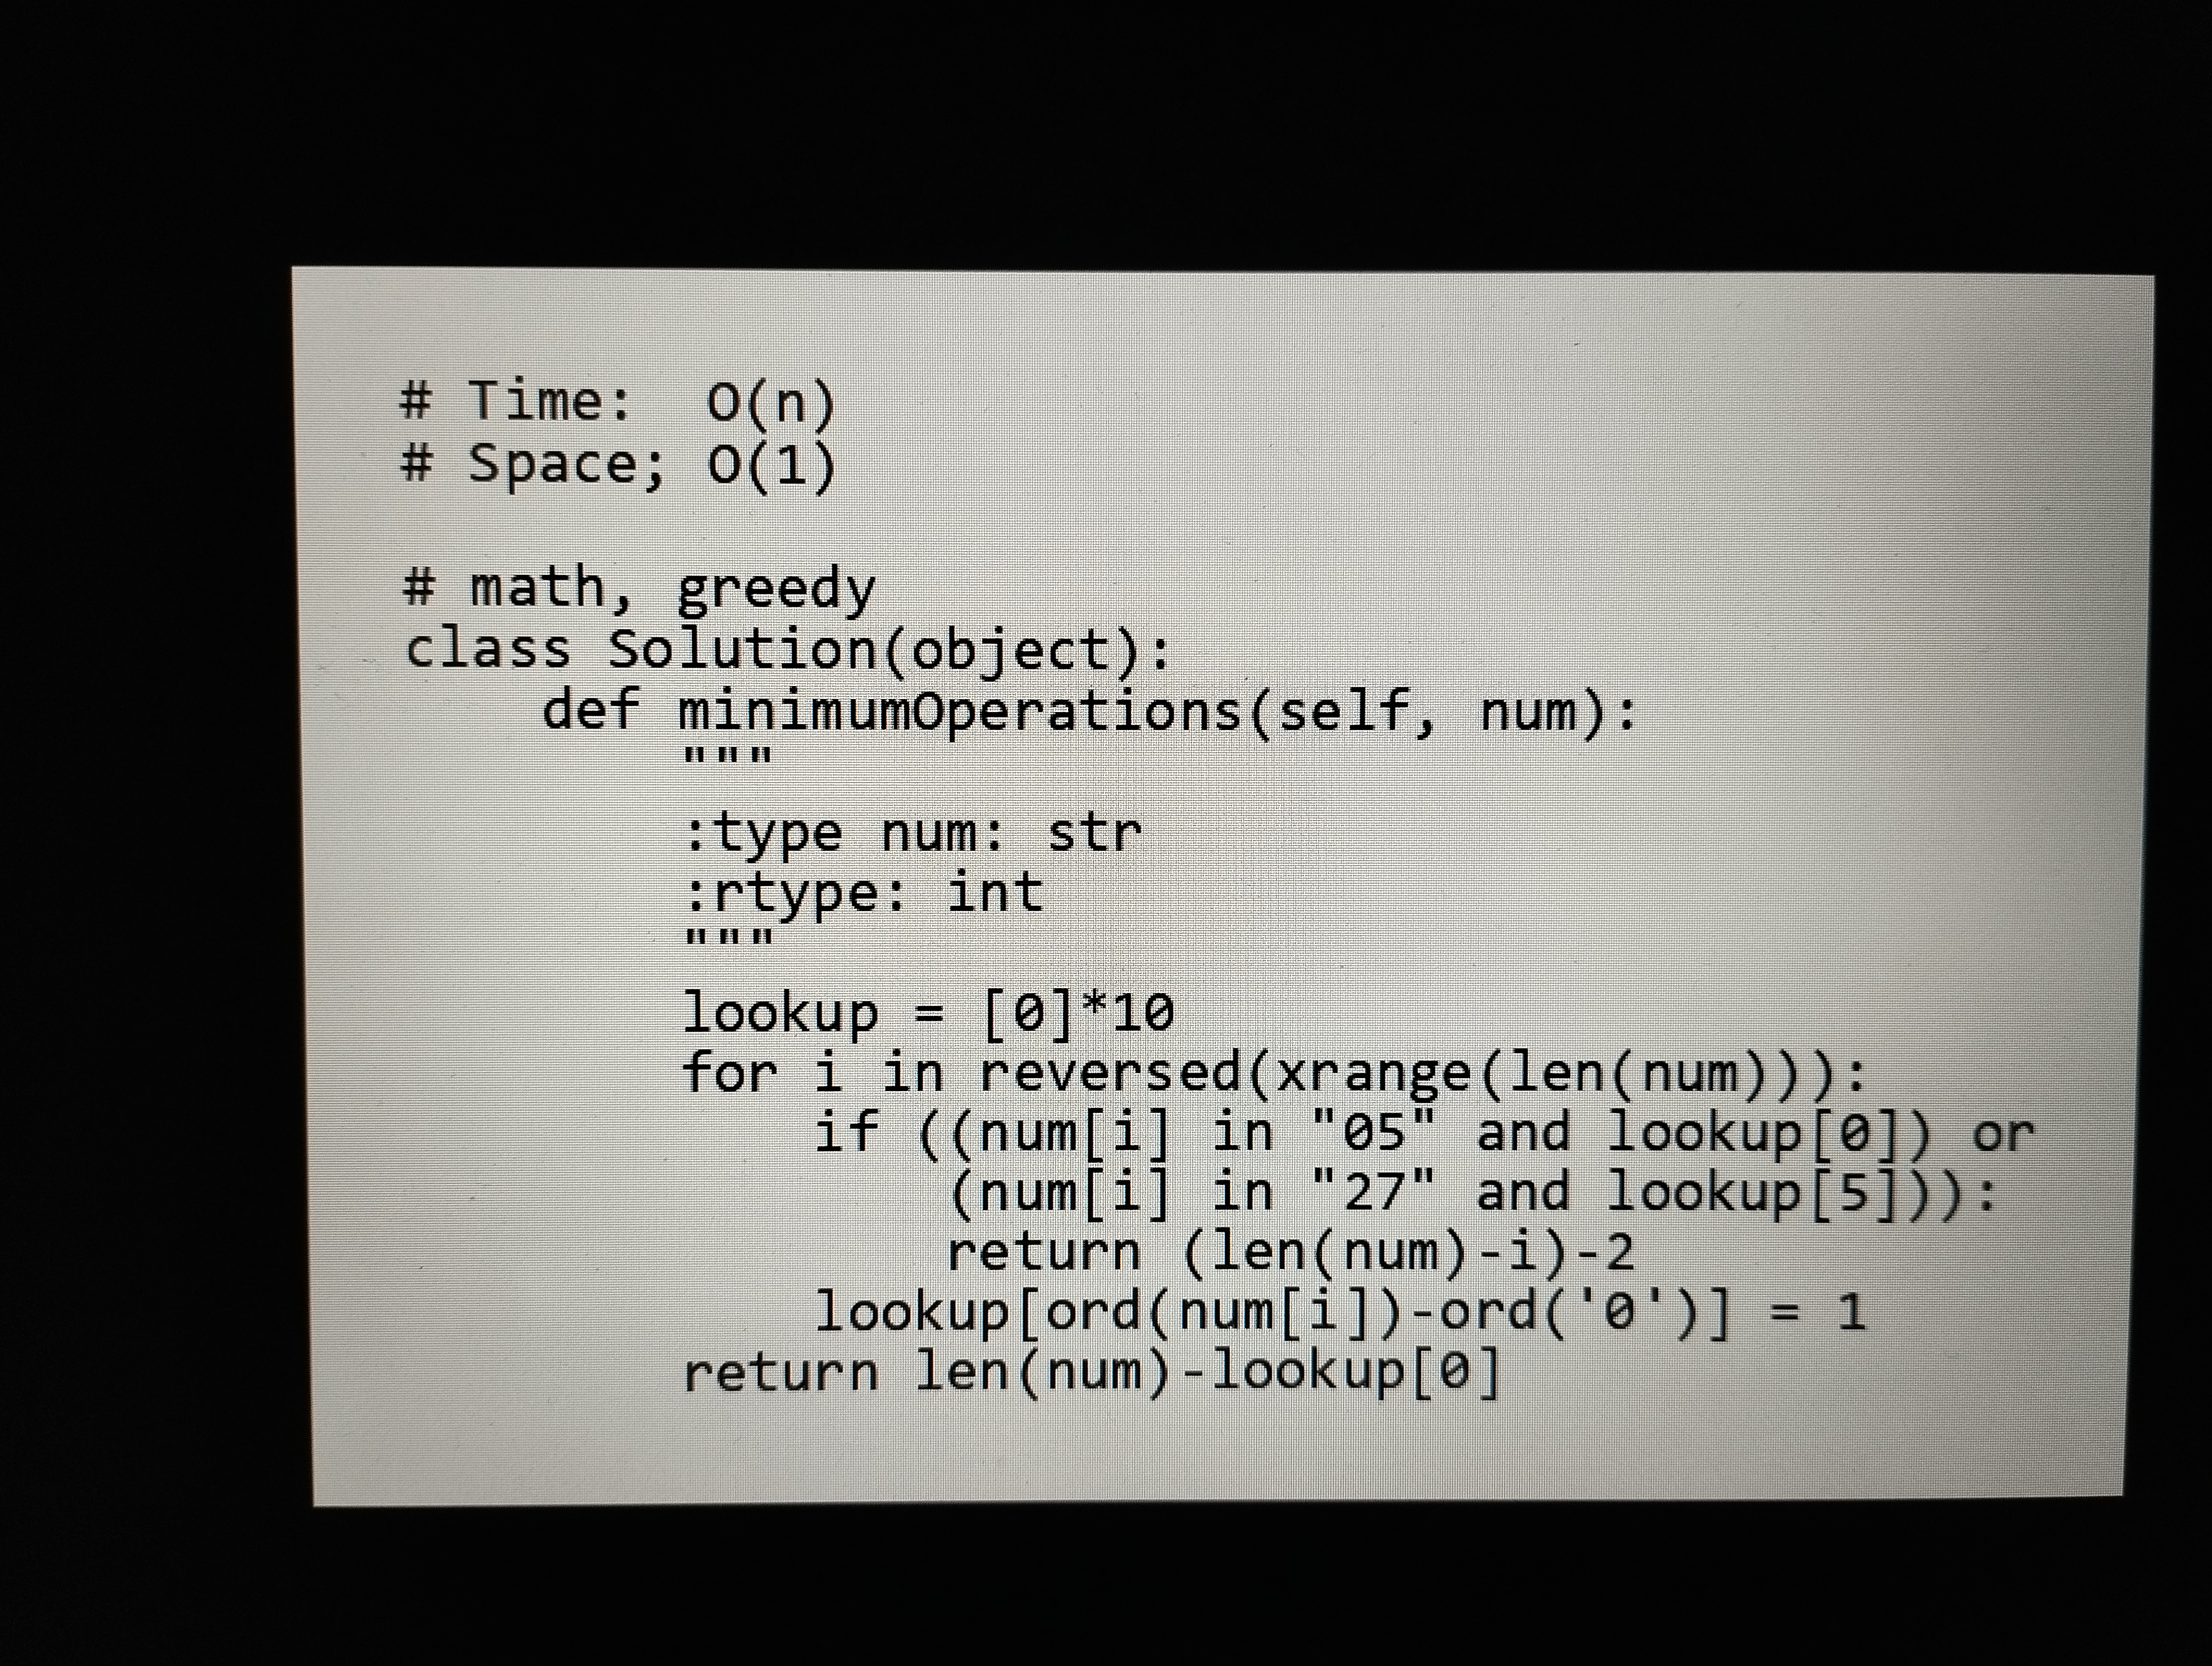
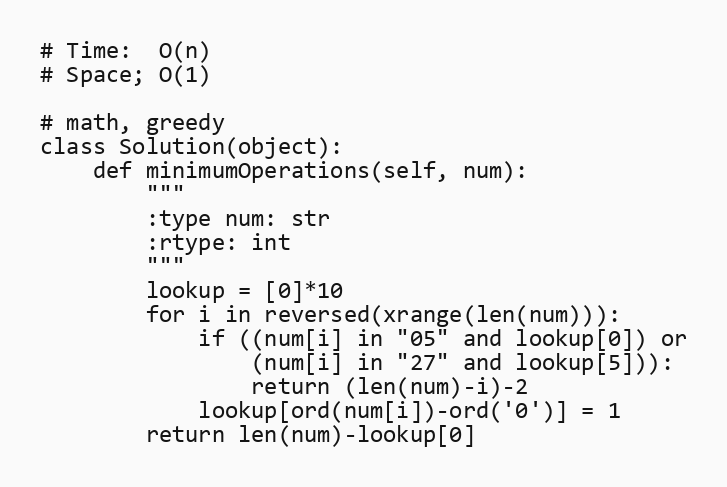
# Time:  O(n)
# Space; O(1)

# math, greedy
class Solution(object):
    def minimumOperations(self, num):
        """
        :type num: str
        :rtype: int
        """
        lookup = [0]*10
        for i in reversed(xrange(len(num))):
            if ((num[i] in "05" and lookup[0]) or
                (num[i] in "27" and lookup[5])):
                return (len(num)-i)-2
            lookup[ord(num[i])-ord('0')] = 1
        return len(num)-lookup[0]